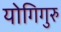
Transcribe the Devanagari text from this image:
योगिगुरु